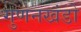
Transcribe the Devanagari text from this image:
गुणनखंडो